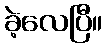
ခဲ့လေပြီ။